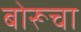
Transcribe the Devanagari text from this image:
बोरूचा